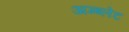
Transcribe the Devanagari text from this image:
अम्ब्लेट